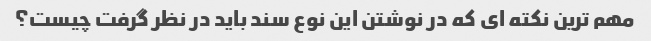
مهم ترین نکته ای که در نوشتن این نوع سند باید در نظر گرفت چیست؟